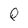
Character: Q